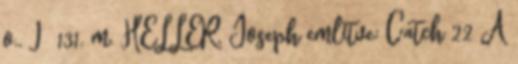
o., I 131. m. HELLER, Joseph említve: Catch 22 A